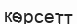
көрсетт